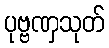
ပုဗ္ဗဏှသုတ်